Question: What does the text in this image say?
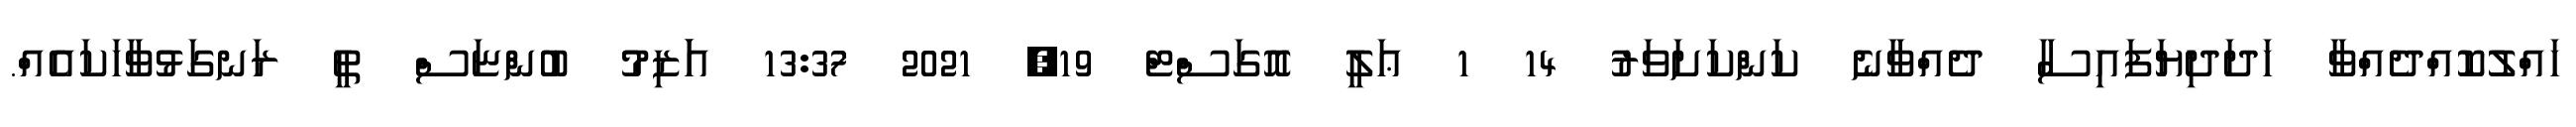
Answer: ހައްލުކޮއްދެއްވާ ހަދަދިޔަފައިސާ ދެއްވާނެ ކަންކަށަވަރު 14 1 ޢަލީ އޮގަސްޓް 19, 2021 13:37 އަަޒިމު ބުންޏަސް ތީ ރަނގަޅުވާހަކައެއް.